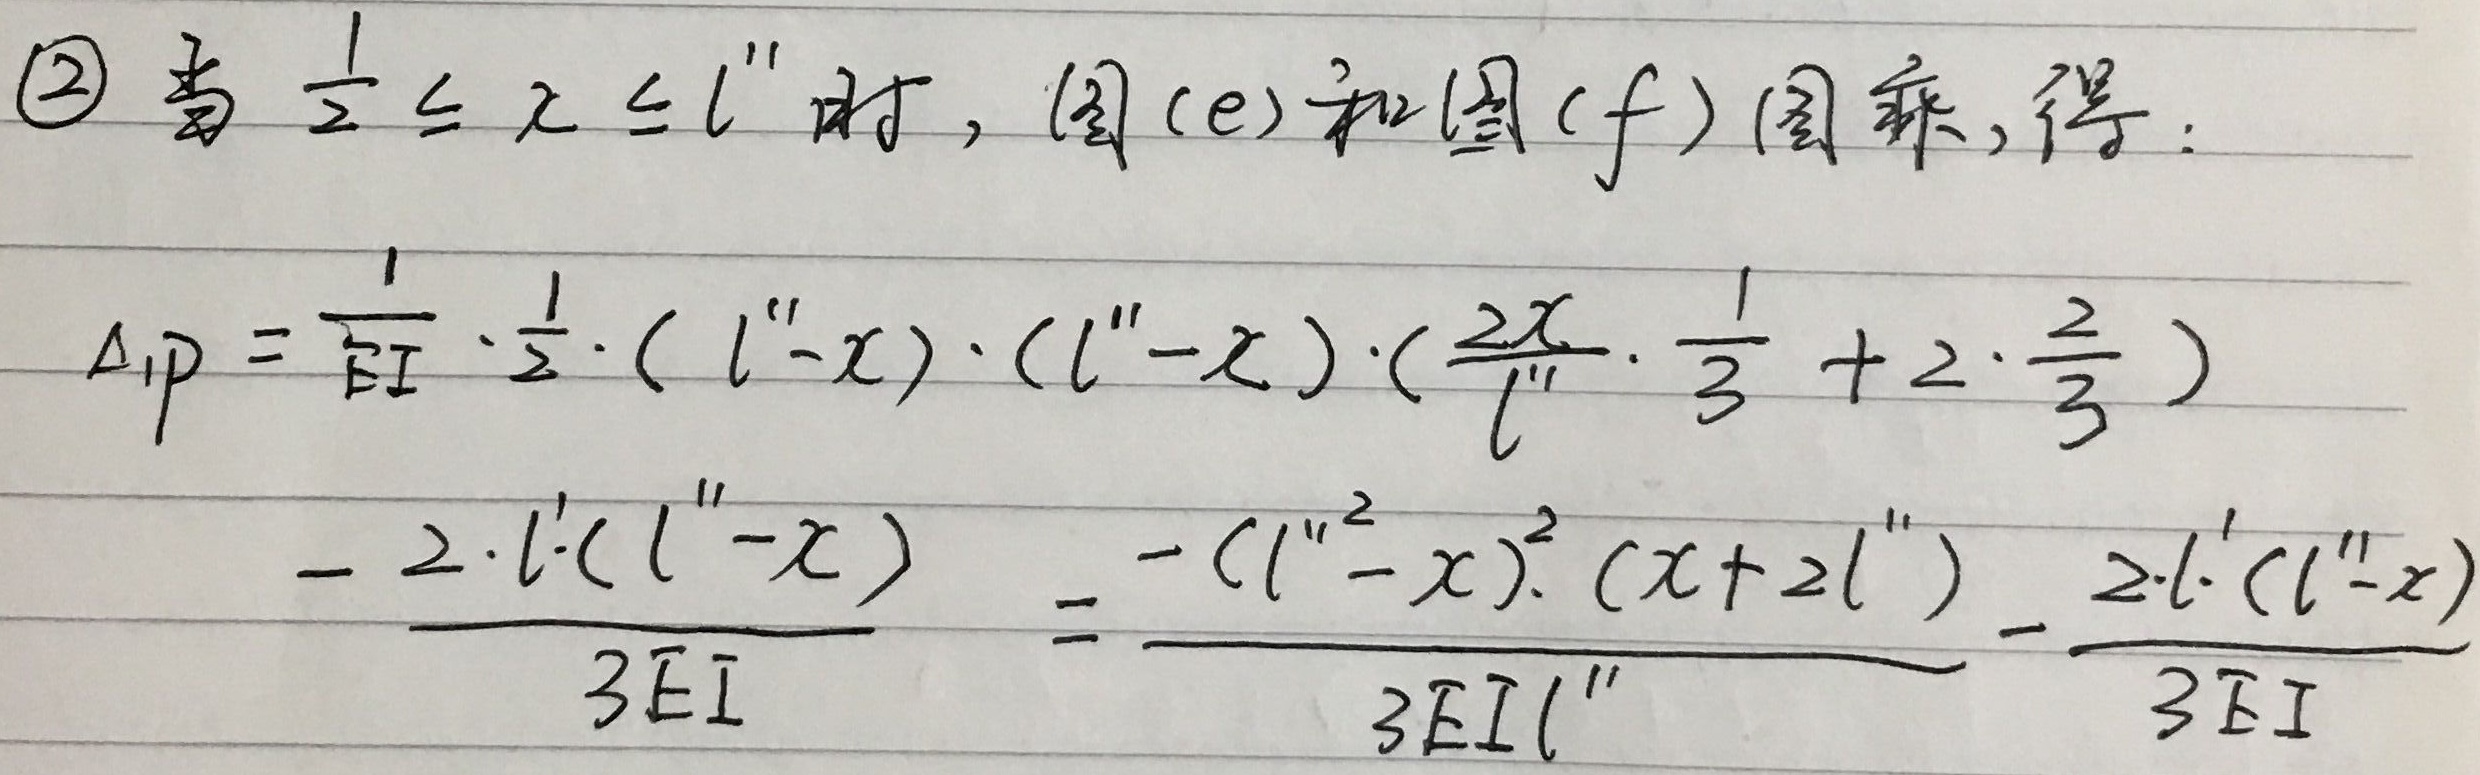
\textcircled{2} 当 $\frac{l''}{2}\leq x\leq l''$ 时，如图 (e) 和图 (f) 图乘，得：
\[
\begin{align*}
\Delta_{1P}&=\frac{1}{EI}\cdot\frac{1}{2}\cdot(l'' - x)\cdot(l'' - x)\cdot(\frac{2x}{l''}\cdot\frac{1}{3}+2\cdot\frac{2}{3})-\frac{2\cdot l'\cdot(l'' - x)}{3EI}\\
&=\frac{-(l'' - x)^2(x + 2l'')}{3EI\cdot l''}-\frac{2\cdot l'\cdot(l'' - x)}{3EI}
\end{align*}
\]